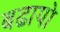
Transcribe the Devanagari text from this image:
बढायो